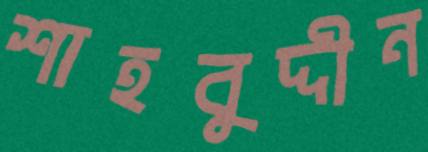
শাহবুদ্দীন